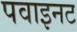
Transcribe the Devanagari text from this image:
पवाइनट